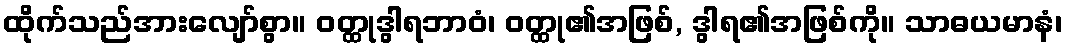
ထိုက်သည်အားလျော်စွာ။ ဝတ္ထုဒွါရဘာဝံ၊ ဝတ္ထု၏အဖြစ်, ဒွါရ၏အဖြစ်ကို။ သာဓယမာနံ၊